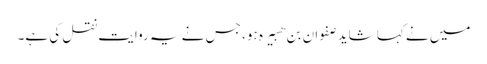
میں نے کہا شاید صفوان بن ھبیرہ ہو، جس نے یہ روایت نقل کی ہے۔